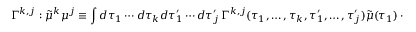
\Gamma ^ { k , j } : \tilde { \mu } ^ { k } \mu ^ { j } \equiv \int d \tau _ { 1 } \cdots d \tau _ { k } d \tau _ { 1 } ^ { \prime } \cdots d \tau _ { j } ^ { \prime } \, \Gamma ^ { k , j } ( \tau _ { 1 } , \dots , \tau _ { k } , \tau _ { 1 } ^ { \prime } , \dots , \tau _ { j } ^ { \prime } ) \tilde { \mu } ( \tau _ { 1 } ) \cdots \tilde { \mu } ( \tau _ { k } ) \mu ( \tau _ { 1 } ^ { \prime } ) \cdots \mu ( \tau _ { j } ^ { \prime } )